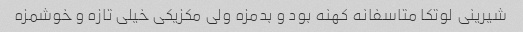
شیرینی لوتکا متاسفانه کهنه بود و بدمزه ولی مکزیکی خیلی تازه و خوشمزه